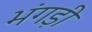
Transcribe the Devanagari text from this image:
भंगड़ी